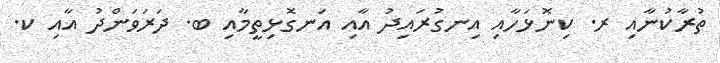
ތުރާކުނާއި ރ. ކިނޮޅަހާއި އިނގުރައިދު އާއި އަނގޮޅިތީމާއި ބ. ދަރަވަންދު އާއި ކ.